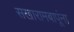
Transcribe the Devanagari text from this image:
सखारामबापूंना